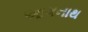
આગનાથ